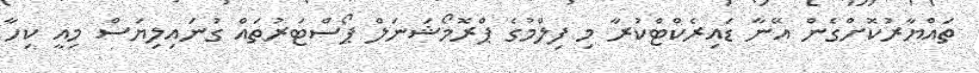
ތައްޔާރުކޮށްގެން އޭނާ ޑައިރެކްޓްކުރާ މި ފިލްމުގެ ޕްރޮމޯޝަނަލް ޕޯސްޓަރުތައް ގުނައިލިޔަސް މިއީ ކިހާ